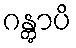
ဂန္တွာပိ